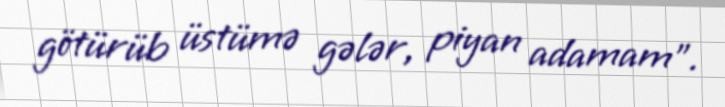
götürüb üstümə gələr, piyan adamam”.